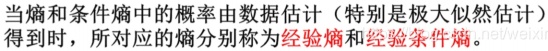
当熵和条件熵中的概率由数据估计（特别是极大似然估计）得到时，所对应的熵分别称为**经验熵**和**经验条件熵**。